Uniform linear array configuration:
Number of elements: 48
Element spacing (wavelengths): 0.25
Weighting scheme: hann
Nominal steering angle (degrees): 15
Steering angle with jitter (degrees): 13.658
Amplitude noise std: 0.05
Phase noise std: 0.05

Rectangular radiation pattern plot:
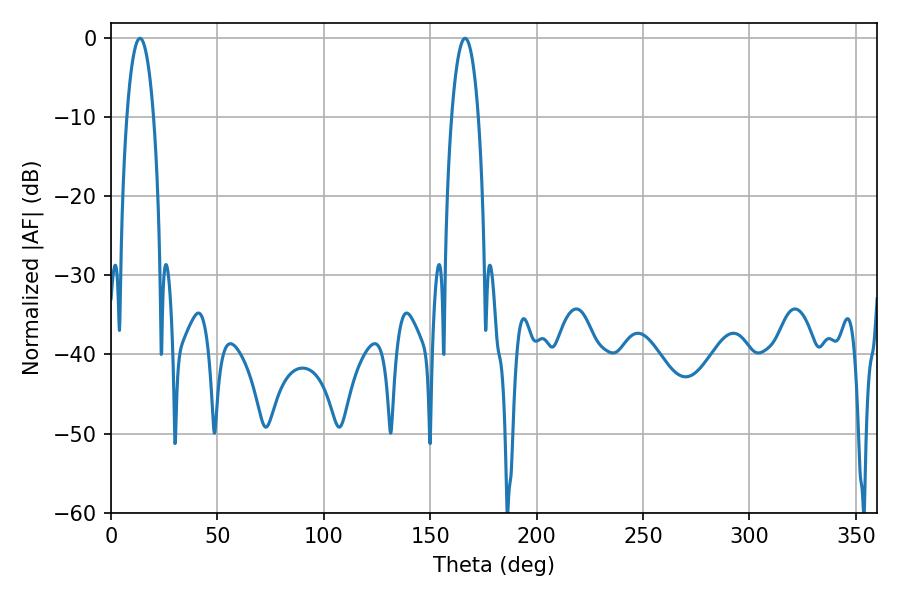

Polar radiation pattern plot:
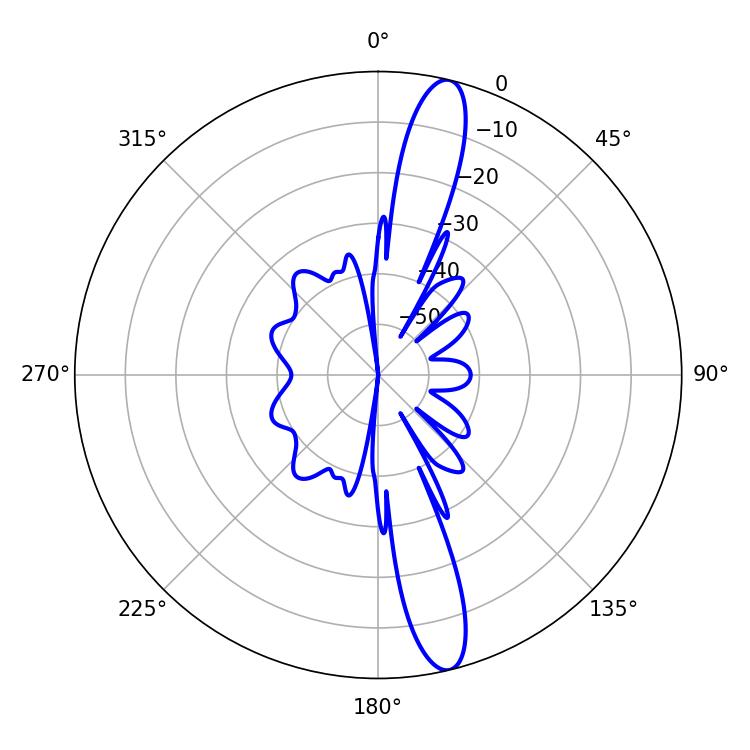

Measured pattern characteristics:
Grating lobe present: FALSE
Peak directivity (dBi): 15.11
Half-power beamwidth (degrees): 7.02
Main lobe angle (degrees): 13.68